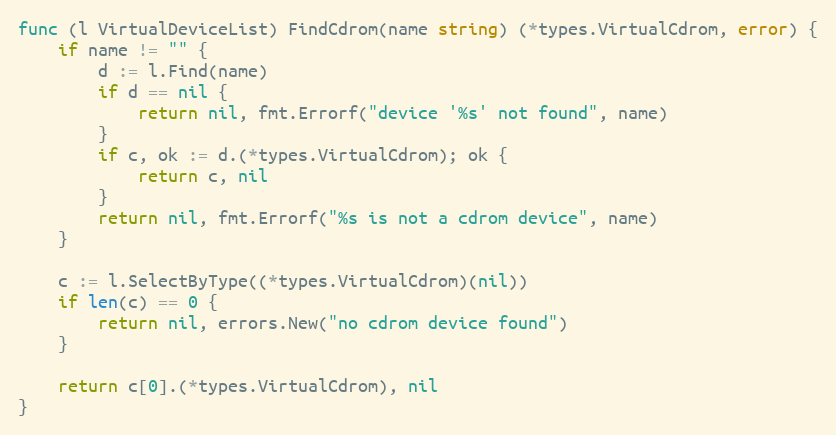
Language: Go
func (l VirtualDeviceList) FindCdrom(name string) (*types.VirtualCdrom, error) {
	if name != "" {
		d := l.Find(name)
		if d == nil {
			return nil, fmt.Errorf("device '%s' not found", name)
		}
		if c, ok := d.(*types.VirtualCdrom); ok {
			return c, nil
		}
		return nil, fmt.Errorf("%s is not a cdrom device", name)
	}

	c := l.SelectByType((*types.VirtualCdrom)(nil))
	if len(c) == 0 {
		return nil, errors.New("no cdrom device found")
	}

	return c[0].(*types.VirtualCdrom), nil
}